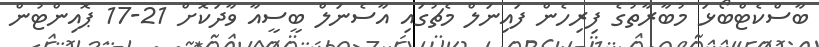
ބާސްކެޓްބޯޅަ މުބާރާތުގެ ފިރިހެން ފައިނަލް މެޗުގައި އާސެނަލް ބީސީއާ ވާދަކޮށް 21-17 ޕޮއިންޓުން